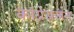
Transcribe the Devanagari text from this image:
कांग्रेसजन